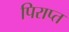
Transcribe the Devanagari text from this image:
पिराप्त